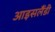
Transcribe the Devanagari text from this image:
आइसलैंडी